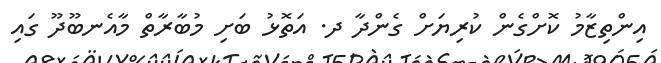
އިންތިޒާމު ކޮށްގެން ކުރިޔަށް ގެންދާ ދ. އަތޮޅު ބަށި މުބާރާތް މާއެނބޫދޫ ގައި